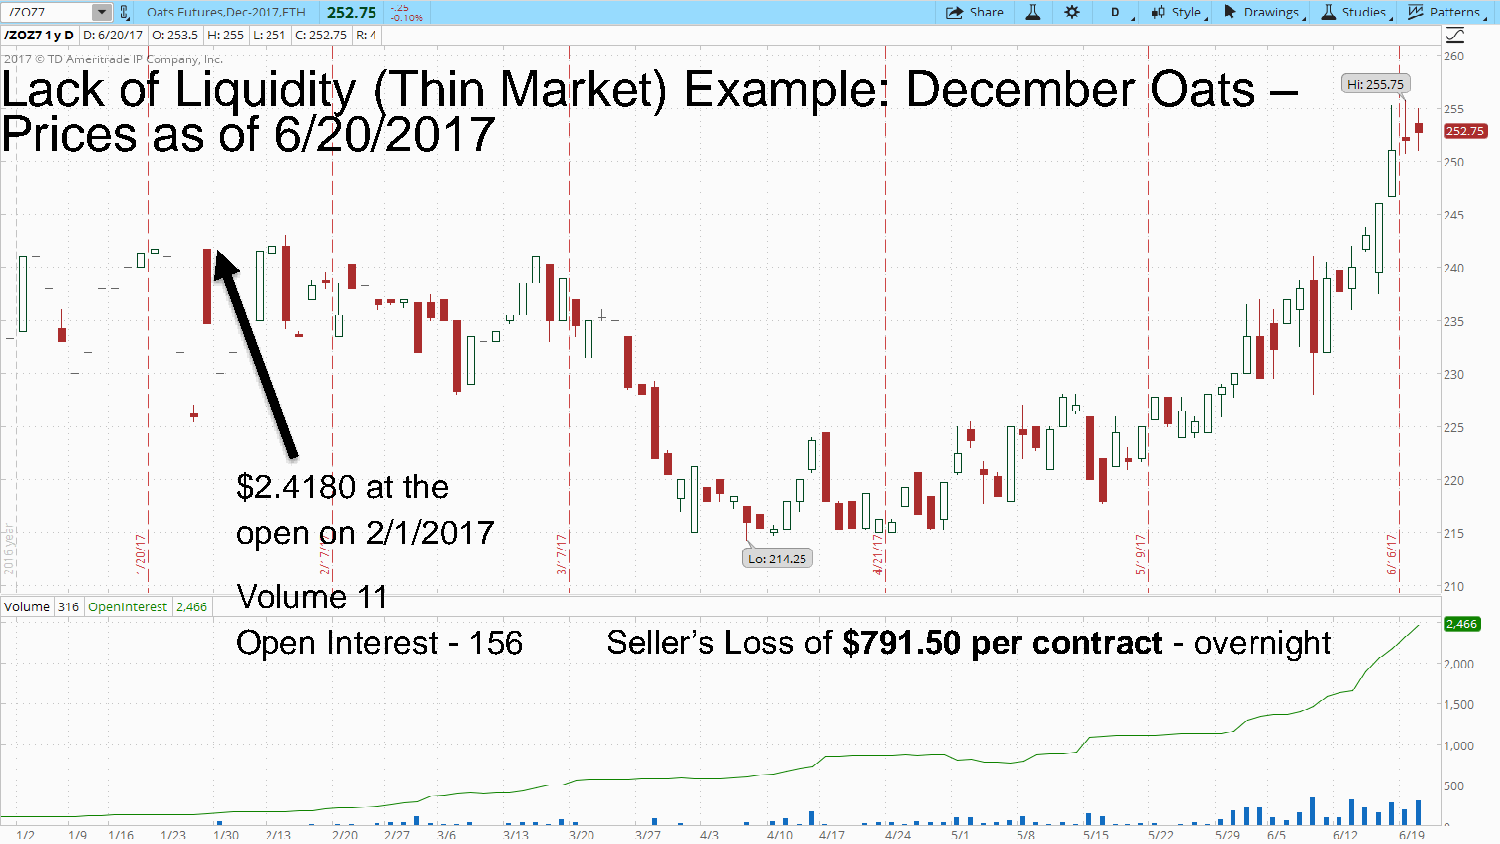
Session  2.1: Introduction  to Futures
 Lack    of  Liquidity    (Thin   Market)     Example:       December        Oats    –
 Prices    as   of 6/20/2017
 $2.4180 at the
 open on 2/1/2017
 Volume  11
 Open  Interest - 156    Seller’s Loss of $791.50 per contract - overnight